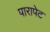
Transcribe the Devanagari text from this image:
पारापेट